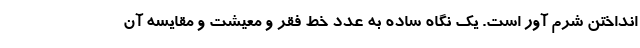
انداختن شرم آور است. یک نگاه ساده به عدد خط فقر و معیشت و مقایسه آن